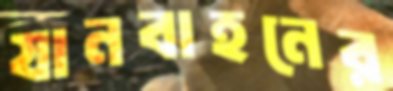
যানবাহনের